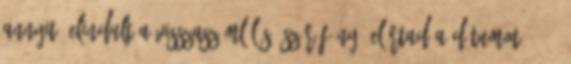
annyit: elindult a visszaszámlálás. Szúrófény: Elírtad a dátumot, 2010